Scottish Leaving Certificate Examination, 1959
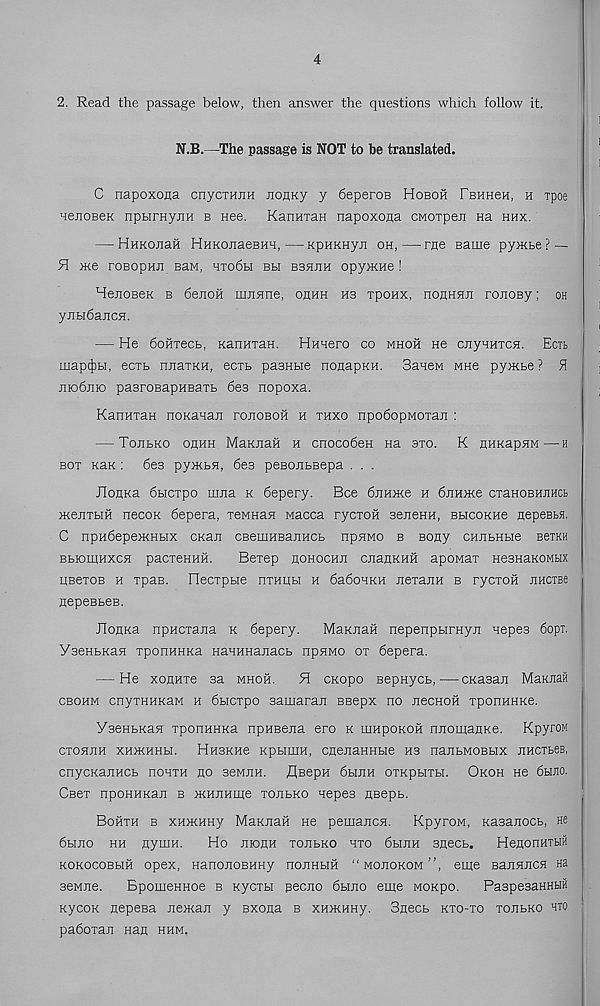
4
2. Read the passage below, then answer the questions which follow it.
N.B.—The passage is NOT to be translated.
C napoxona cnycxHJiH JionKy y beperoe Hoboh FBHHen, h rpoe
HenoBeK npbirHynH b nee. KanHTaH napoxona CMOTpen na hhx.
— HHKonaH HHKOJiaeBHH,—KpHKnyn oh,—rae same py>Kbe? —
H me roBopnii Ban, hto6h bh bshhh opyrnne !
MenoeeK b 6eaoH manne, ohhh hs rponx, nouHna roaoBy; oh
yabidaaca.
— He 6oHTecb, KanHian. HHaero co mhoh ne cayaHTca. Ectb
map(|)bi, ecxb naaxKH, gctb pasHbie noaapKH. SaaeM MHe pymbe ? H
aiobaio pasroBapHBaxb 6e3 nopoxa.
KanHxaH noKaaaa roaoeoH h xhxo npobopMoxaa :
— ToabKO ohhh MaKaah h cnocoben na sxo. K HHKapaM—h
box Kan : 6e3 pymba, 6es peBoabsepa . . .
JloflKa 6bicxpo maa k 6epery. Bee banme h banme cxaHOBHaacb
meaxbm necox 6epera, xeMHaa Macca rycxoii seaeHH, BbicoKHe aepeBbH.
C npHdepemHbix cnaa CBeuiHBaaHCb npaMO b Bony cnabHbie bbthh
BbiomHxca pacxeHHH.
Bexep HOHOCHa caaaKHH aponax HesnaKOMbix
HBexoB h xpas. riecxpbie nxHHbi h 6a6oaKH aexaan b ryexofi aaciBe
nepeBbeB.
JlonKa npHCxaaa k 6epery.
MaKaail nepeopbirnya aepes 6opr.
YseHbKaa xportHHKa naaHHaaacb npano ox 6epera.
— He xonHxe sa mhoh.
H CKopo BepHycb,—exasaa MaKaafi
cbohm cnyxHHxaM h 6bicxpo samaraa BBepx no aecHoii xponnHKe.
YseHbKaa xponHHKa npHBeaa ero k lumpokoh naomaaKe. KpyroM
cxoaaH XHmHHbi. Hh3kh6 KpbiuiH, cneaaHHbie hs naabMOBbix ancTbeB,
cnycKaancb noaxH no seMan. ^Bepn dbian oxKpbixbi. Okoh He 6biao.
Ceex npoHHKaa b mHaHme xoabKO aepes nBepb.
Bohth b xumHHy MaxaaH ne pemaaca. KpyroM, xasaaocb, He
6biao hh nymn.
Ho aionH xoabKo hxo 6hum snecb. HenonHTbin
KOKOCOBbiii opex, HanoaoBHHy noaHbiH “MoaoxoM'’, eme saanaca Ha
senae.
BpomeHHoe b Kycxbi pecao 6biao eme Moapo.
PaspeaaHHHH
xycoK nepeea aemaa y Bxona b XHmHHy. Snecb kxo-xo xoabKO hto
paboxaa nan hhm,